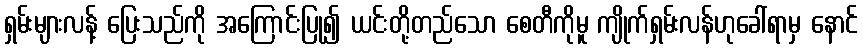
ရှမ်းများလန့် ပြေးသည်ကို အကြောင်းပြု၍ ယင်းတို့တည်သော စေတီကိုမူ ကျိုက်ရှမ်းလန်ဟုခေါ်ရာမှ နောင်